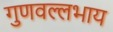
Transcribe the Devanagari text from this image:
गुणवल्लभाय